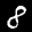
Label: 8